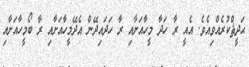
ޙަދީޘްކުރެއްވިއެވެ. އެއީ ރާ ހަދާ މީހާއަށާއި ރާ ހަދައިދޭން އެދޭމީހާއަށާއި ރާ ބޯމީހާއަށާއި